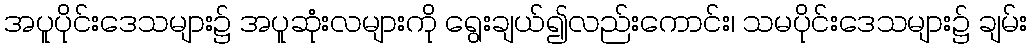
အပူပိုင်းဒေသများ၌ အပူဆုံးလများကို ရွေးချယ်၍လည်းကောင်း၊ သမပိုင်းဒေသများ၌ ချမ်း